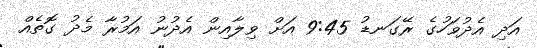
އަދި އެދުވަހުގެ ރޭގަނޑު 9:45 އަށް ވިލާއިން އެދުނު އަމުރާ މެދު ގޮތެއް